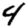
Digit: 4